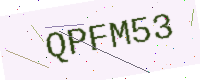
Text: QPFM53